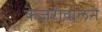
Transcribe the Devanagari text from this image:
केजरीवालने